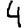
Digit: 4